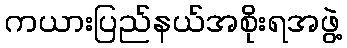
ကယားပြည်နယ်အစိုးရအဖွဲ့